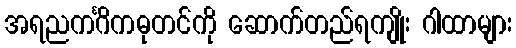
အရညကင်္ဂိကဓုတင်ကို ဆောက်တည်ရကျိုး ဂါထာများ